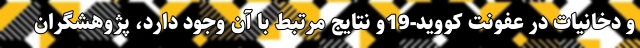
و دخانیات در عفونت کووید-19و نتایج مرتبط با آن وجود دارد، پژوهشگران